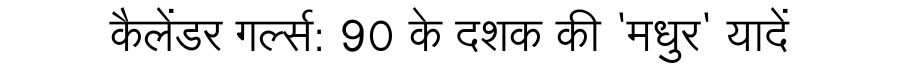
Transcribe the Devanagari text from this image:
कैलेंडर गर्ल्स: 90 के दशक की 'मधुर' यादें